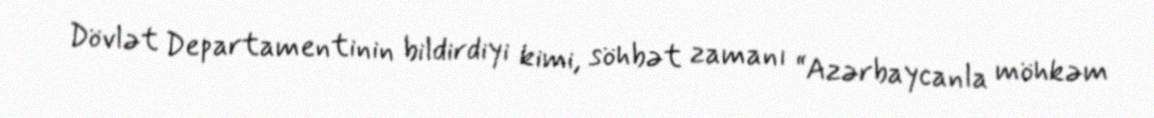
Dövlət Departamentinin bildirdiyi kimi, söhbət zamanı “Azərbaycanla möhkəm